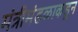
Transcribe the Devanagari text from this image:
मंत्रीमंडळाकडून